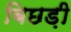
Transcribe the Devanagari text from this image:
बिछड़ी